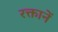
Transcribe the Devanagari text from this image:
रक्तानें